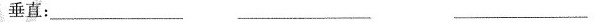
垂直：___ ___ ___